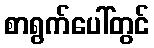
စာရွက်ပေါ်တွင်